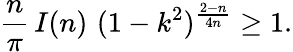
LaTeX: \frac{n}{\pi}\, I(n)\, \, (1-k^{2})^{\frac{2-n}{4n}}\geq 1.